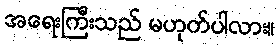
အရေးကြီးသည် မဟုတ်ပါလား။